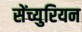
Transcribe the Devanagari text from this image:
सेंच्युरियन